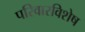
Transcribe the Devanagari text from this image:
परिवारविशेष